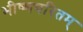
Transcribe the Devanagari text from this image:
भीष्मचरितम्